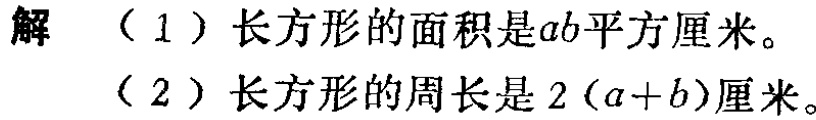
解

（1）长方形的面积是\(ab\)平方厘米。

（2）长方形的周长是\(2(a + b)\)厘米。